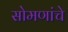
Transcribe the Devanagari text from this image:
सोमणांचे